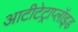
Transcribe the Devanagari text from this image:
आटीटेट्राप्लॉइड